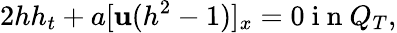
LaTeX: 2hh_{t}+a[\mathbf{u}(h^{2}-1)]_{x}=0\mathrm{{~i~n~}}Q_{T},